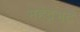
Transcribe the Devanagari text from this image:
महेंद्रभट